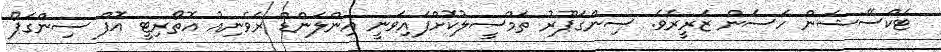
ޓެކްސޭޝަން ހަސަން ޒަރީރެވެ. ސިންގަޕޫރު ތަމްސީލުކޮށްފައިވަނީ އިންލަންޑް ރެވެނިއު އޮތޯރިޓީ އޮފް ސިންގަޕޯ